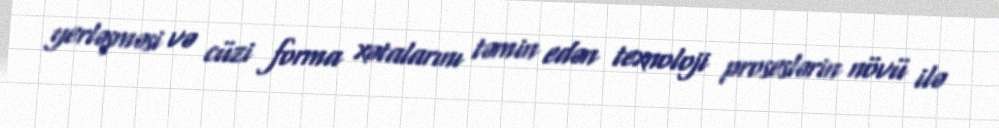
yerləşməsi və cüzi forma xətalarını təmin edən texnoloji proseslərin növü ilə